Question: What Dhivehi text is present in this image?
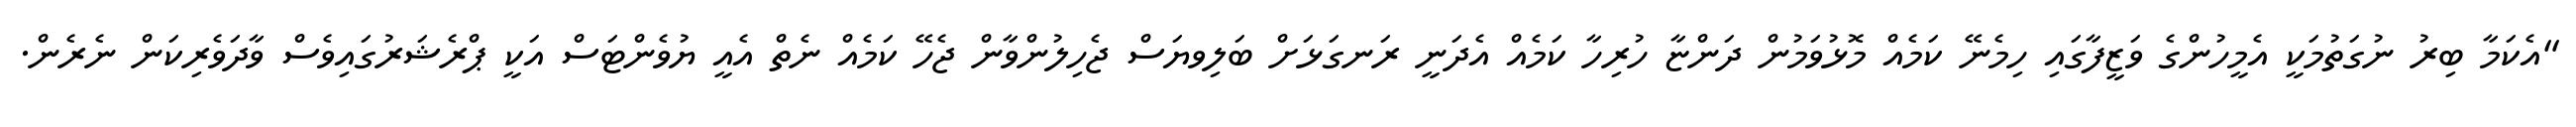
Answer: "އެކަމާ ބިރު ނުގަތުމަކީ އެމީހުންގެ ވަޒީފާގައި ހިމެނޭ ކަމެއް މޮޅުވަމުން ދަންޏާ ހުރިހާ ކަމެއް އެދަނީ ރަނގަޅަށް ބަލިވޔަސް ޖެހިލުންވާން ޖެހޭ ކަމެއް ނެތް އެއީ ޔުވެންޓަސް އަކީ ޕްރެޝަރުގައިވެސް ވާދަވެރިކަން ނެރެން.